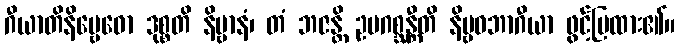
ဂီယာတိနိဗ္ဗေဓော ဒုစ္စတိ နိဗ္ဗာနံ၊ တံ ဘဇန္တိ ဥပဂစ္ဆန္တီတိ နိဗ္ဗဓဘာဂီယာ ဖွင့်ပြထား၏။